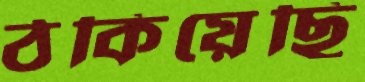
ঠকিয়েছি